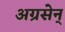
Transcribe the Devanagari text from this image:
अग्रसेन्